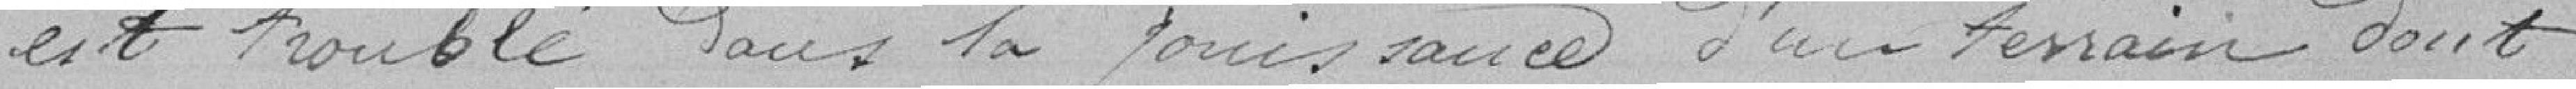
troublé dans la jouissance d'un terrain dont